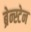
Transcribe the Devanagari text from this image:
ब्रेन्स्टेन